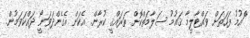
ްައުމު ފަހަތަށް ވައްޓާލީމާ ޤައުމު ސަލާމަތްކޮށް ތަރައްޤީ ކުރާން. އެކަން އެގެންދަވަނޯީ ދައްކަވަމުން.